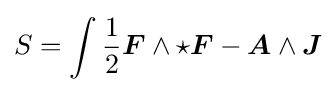
S=\int {\frac {1}{2}}{\boldsymbol {F}}\wedge \star {\boldsymbol {F}}-{\boldsymbol {A}}\wedge {\boldsymbol {J}}